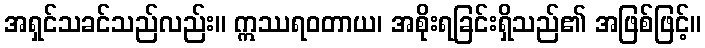
အရှင်သခင်သည်လည်း။ ဣဿရဝတာယ၊ အစိုးရခြင်းရှိသည်၏ အဖြစ်ဖြင့်။